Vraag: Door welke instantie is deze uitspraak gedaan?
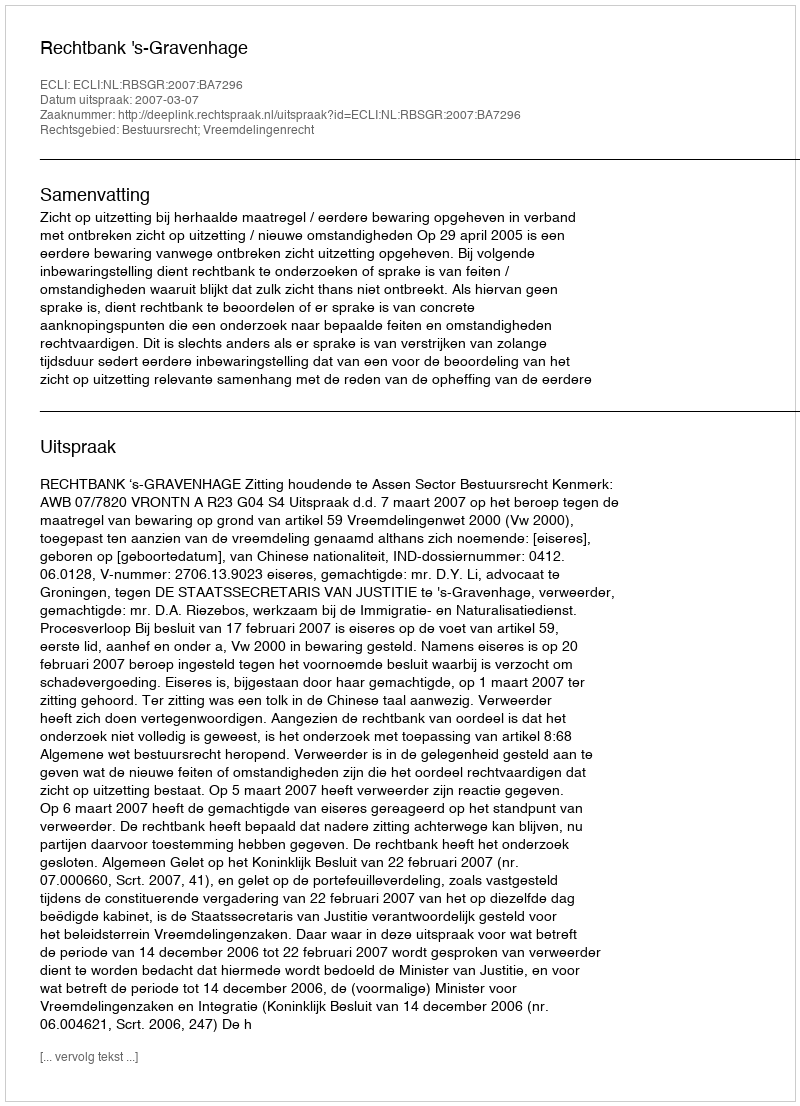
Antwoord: Rechtbank 's-Gravenhage